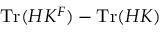
\mathrm { T r } ( H K ^ { F } ) - \mathrm { T r } ( H K )